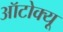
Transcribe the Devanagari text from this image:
ऑटोक्यू